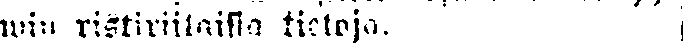
win ristiriitaisia tietoja.